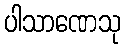
ပါသာဏေသု